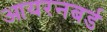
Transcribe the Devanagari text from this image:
आयरनबर्ड